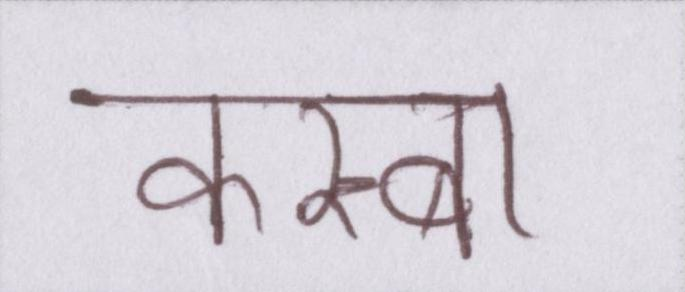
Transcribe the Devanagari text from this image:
कस्बा